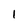
Character: 1